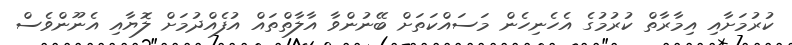
ކުރުމަށާއި އިމާރާތް ކުރުމުގެ އެހެނިހެން މަސައްކަތަށް ބޭނުންވާ އާލާތްތައް އުފެއްދުމަށް ލޮޔާއި އެނޫންވެސް